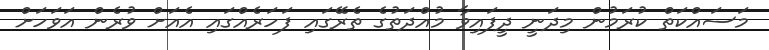
މަސައްކަތް ކުރަމުން މިދަނީ ދީފައިވާ މުއްދަތުގެ ތެރޭގައި ފަހަރެއްގައި އެއަށް ވުރެން އަވަހަށް